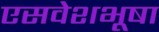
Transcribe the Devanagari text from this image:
एसवेशभूषा